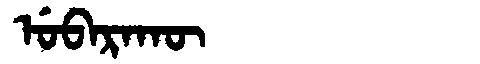
Manchu: ᡠᠪᠠᡵᠠᡴᡡ
Romanization: UBARAKŪ